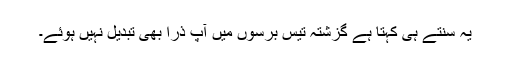
یہ سنتے ہی کہتا ہے گزشتہ تیس برسوں میں آپ ذرا بھی تبدیل نہیں ہوئے۔